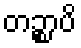
တဉ္စာပိ